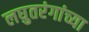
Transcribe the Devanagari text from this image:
लघुतरंगांच्या